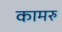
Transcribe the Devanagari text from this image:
कामरु